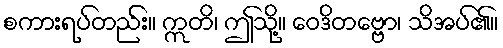
စကားရပ်တည်း။ ဣတိ၊ ဤသို့။ ဝေဒိတဗ္ဗော၊ သိအပ်၏။